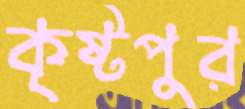
কৃষ্টপুর